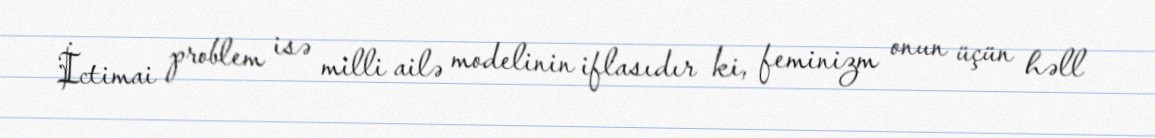
İctimai problem isə milli ailə modelinin iflasıdır ki, feminizm onun üçün həll